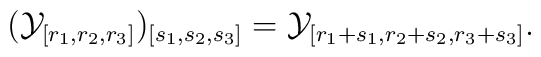
({\cal Y}_{[r_{1}, r_{2}, r_{3}]})_{[s_{1}, s_{2}, s_{3}]}={\cal Y}_{[r_{1}+s_{1}, r_{2}+s_{2}, r_{3}+s_{3}]}.